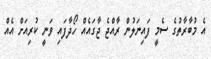
އެ މުބާރާތުގެ ސެމީ ފައިނަލުން ރާއްޖެ ޖާގައެއް ހޯދާފައި ވަނީ ކުރިއަށް އެއް